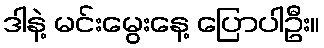
ဒါနဲ့ မင်းမွေးနေ့ ပြောပါဦး။